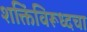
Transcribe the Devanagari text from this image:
शक्तिंविरूध्दचा